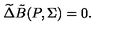
\widetilde { \Delta } { \tilde { B } } ( P , { \Sigma } ) = 0 .